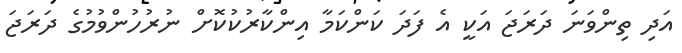
އަދި ތިންވަނަ ދަރަޖަ އަކީ އެ ފަދަ ކަންކަމާ އިންކާރުކުކޮށް ނުރުހުންވުމުގެ ދަރަޖަ